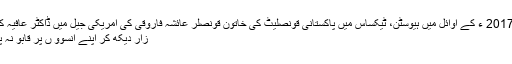
مارچ، 2017 ء کے اوائل میں ہیوسٹن، ٹیکساس میں پاکستانی قونصلیٹ کی خاتون قونصلر عائشہ فاروقی کی امریکی جیل میں ڈاکٹر عافیہ کی حالت
زار دیکھ کر اپنے آنسوؤ ں پر قابو نہ پا سکی ۔